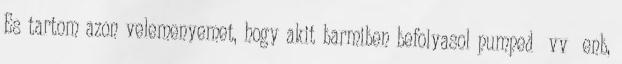
Es tartom azon velemenyemet, hogy akit barmiben befolyasol pumped vv enb,